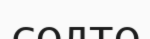
солто